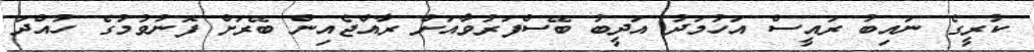
ކުރީގެ ނައިބު ރައީސް އަހުމަދު އަދީބު ބޭސްފަރުވާއަށް ރާއްޖެއިން ބޭރަށް ފޮނުވުމުގެ ހުއްދަ